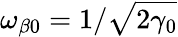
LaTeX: \omega_{\beta 0}=1/\sqrt{2\gamma_{0}}